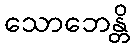
သောဘေန္တိ